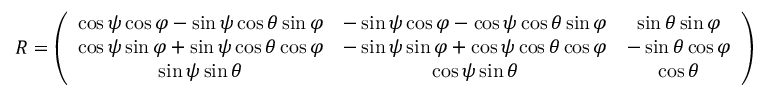
\begin{array} { r } { R = \left( \begin{array} { c c c } { \cos \psi \cos \varphi - \sin \psi \cos \theta \sin \varphi } & { - \sin \psi \cos \varphi - \cos \psi \cos \theta \sin \varphi } & { \sin \theta \sin \varphi } \\ { \cos \psi \sin \varphi + \sin \psi \cos \theta \cos \varphi } & { - \sin \psi \sin \varphi + \cos \psi \cos \theta \cos \varphi } & { - \sin \theta \cos \varphi } \\ { \sin \psi \sin \theta } & { \cos \psi \sin \theta } & { \cos \theta } \end{array} \right) } \end{array}